Indian journal of veterinary science and animal husbandry - Volume 10,
Year: 1940
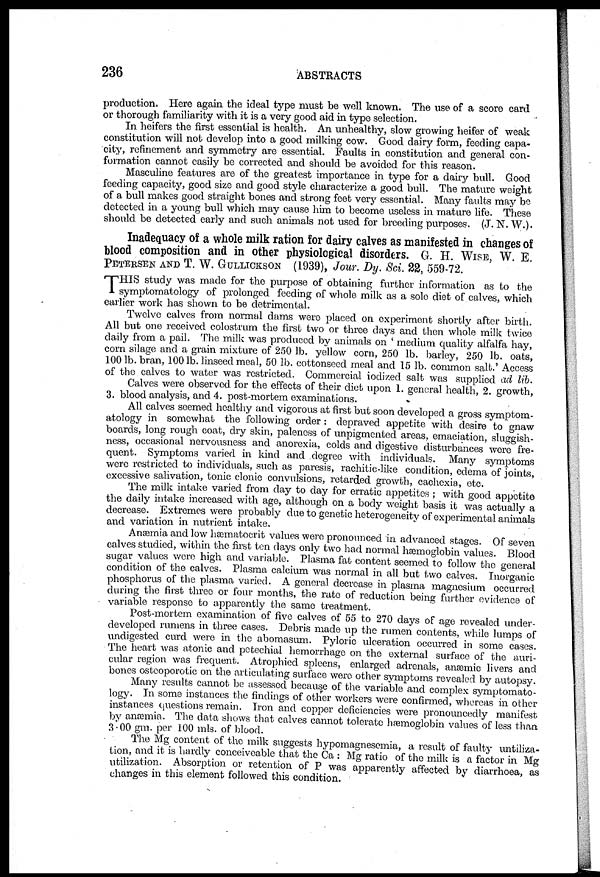
236
ABSTRACTS
production. Here again the ideal type must be well known. The use of a score card
or thorough familiarity with it is a very good aid in type selection.
In heifers the first essential is health. An unhealthy, slow growing heifer of weak
constitution will not develop into a good milking cow. Good dairy form, feeding capa-
city, refinement and symmetry are essential. Faults in constitution and general con-
formation cannot easily be corrected and should be avoided for this reason.
Masculine features are of the greatest importance in type for a dairy bull. Good
feeding capacity, good size and good style characterize a good bull. The mature weight
of a bull makes good straight bones and strong feet very essential. Many faults may be
detected in a young bull which may cause him to become useless in mature life. These
should be detected early and such animals not used for breeding purposes. (J. N. W.).
Inadequacy of a whole milk ration for dairy calves as manifested in changes of
blood composition and in other physiological disorders. G. H. WISE, W. E.
PETERSEN AND T. W. GULLICKSON (1939), Jour. Dy. Sci. 22, 559-72.
T HIS study was made for the purpose of obtaining further information as to the
symptomatology of prolonged feeding of whole milk as a sole diet of calves, which
earlier work has shown to be detrimental.
Twelve calves from normal dams were placed on experiment shortly after birth.
All but one received colostrum the first two or three days and then whole milk twice
daily from a pail. The milk was produced by animals on ' medium quality alfalfa hay,
corn silage and a grain mixture of 250 lb. yellow corn, 250 lb. barley, 250 lb. oats,
100 lb. bran, 100 lb. linseed meal, 50 lb. cottonseed meal and 15 lb. common salt.' Access
of the calves to water was restricted. Commercial iodized salt was supplied ad lib.
Calves were observed, for the effects of their diet upon 1. general health, 2. growth,
3. blood analysis, and 4. post-mortem examinations.
All calves seemed healthy and vigorous at first but soon developed a gross symptom-
atology in somewhat the following order : depraved appetite with desire to gnaw
boards, long rough coat, dry skin, paleness of unpigmented areas, emaciation, sluggish-
ness, occasional nervousness and anorexia, colds and digestive disturbances were fre-
quent. Symptoms varied in kind and degree with individuals. Many symptoms
were restricted to individuals, such as paresis, rachitic -like condition, edema of joints,
excessive salivation, tonic clonic convulsions, retarded growth, cachexia, etc.
The milk intake varied from day to day for erratic appetites ; with good appetite
the daily intake increased with age, although on a body weight basis it was actually a
decrease. Extremes were probably due to genetic heterogeneity of experimental animals
and variation in nutrient intake.
Anæmia and low hæmatocrit values were pronounced in advanced stages. Of seven
calves studied, within the first ten days only two had normal hæmoglobin values. Blood
sugar values were high and variable. Plasma fat content seemed to follow the general
condition of the calves. Plasma calcium was normal in all but two calves. Inorganic
phosphorus of the plasma varied. A general decrease in plasma magnesium occurred
during the first three or four months, the rate of reduction being further evidence of
variable response to apparently the same treatment.
Post-mortem examination of five calves of 55 to 270 days of age revealed under-
developed rumens in three cases. Debris made up the rumen contents, while lumps of
undigested curd were in the abomasum. Pyloric ulceration occurred in some cases.
The heart was atonic and petechial hemorrhage on the external surface of the auri-
cular region was frequent. Atrophied spleens, enlarged adrenals, anæmic livers and
bones osteoporotic on the articulating surface were other symptoms revealed by autopsy.
Many results cannot be assessed because of the variable and complex symptomato-
logy. In some instances the findings of other workers were confirmed, whereas in other
instances questions remain. Iron and copper deficiencies were pronouncedly manifest
by anæmia. The data shows that calves cannot tolerate hæmoglobin values of less than
3.00 gm. per 100 mls. of blood.
The Mg content of the milk suggests hypomagnesemia, a result of faulty untiliza¬
tion, and it is hardly conceiveable that the Ca : Mg ratio of the milk is a factor in Mg
utilization. Absorption or retention of P was apparently affected by diarrhoea, as
changes in this element followed this condition.